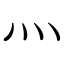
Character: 灬